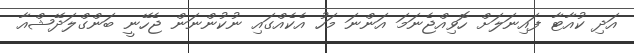
އަދި ކުއާޓާ ފައިނަލަށް ހޮވިއްޖެނަމަ އަންނަ މަހު އެކެއްގައި ނުކުންނަން ޖެހޭނީ ބަންގްލަދޭޝްއާ